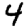
Digit: 4